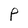
Character: p